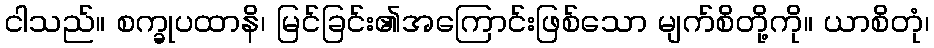
ငါသည်။ စက္ခုပထာနိ၊ မြင်ခြင်း၏အကြောင်းဖြစ်သော မျက်စိတို့ကို။ ယာစိတုံ၊